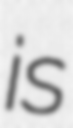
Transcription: is